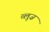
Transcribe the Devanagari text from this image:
व्लूज़